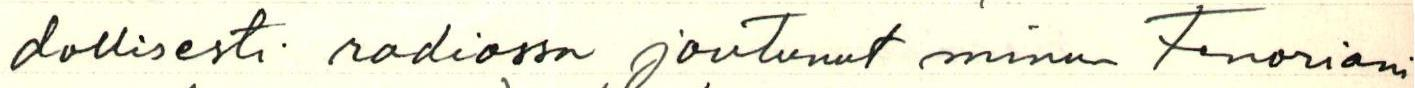
dollisesti radiossa joutunut minun Tenoriani